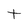
Character: t